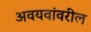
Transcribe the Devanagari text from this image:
अवयवांवरील